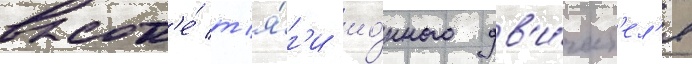
высот'е́ т'я́г'и ио́нного дв'и́гат'ел'я